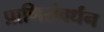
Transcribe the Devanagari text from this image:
प्राणिसंवर्धन